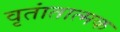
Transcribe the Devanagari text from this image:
वृतांतात्मक